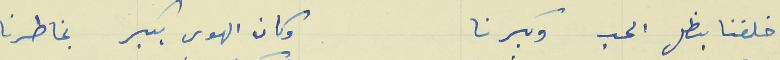
خلقنا بظل الحب وكبرنا                                وكان الهوى يكبر بخاطرنا